Report of the Hyderabad Chloroform Commission
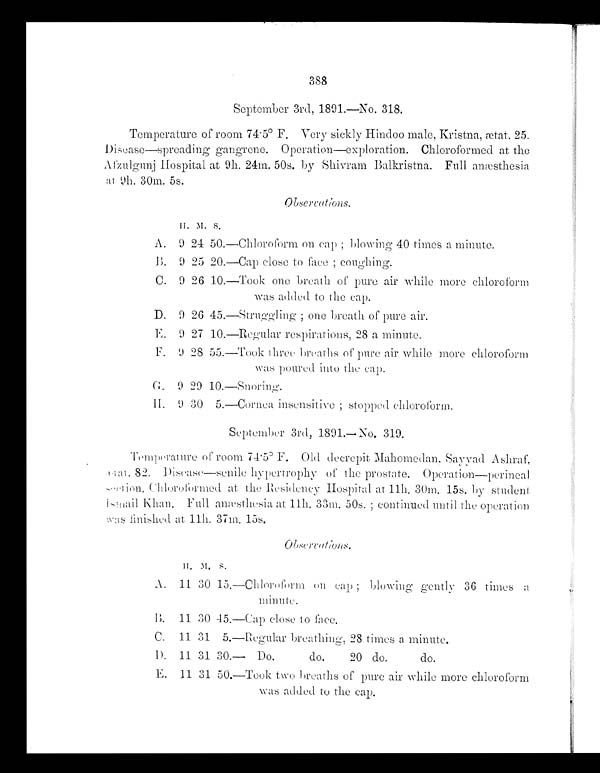
388
September 3rd, 1891.—No. 318.
Temperature of room 74 . 5° F. Very sickly Hindoo male, Kristna, ætat. 25.
Disease—spreading gangrene. Operation—exploration. Chloroformed at the
Afzulgunj Hospital at 9h. 24m. 50s. by Shivram Balkristna. Full anæsthesia
at 9h. 30m. 5s.
Observations.
H . M
.
S .
A. 9 24 50.—Chloroform on cap ; blowing 40 times a minute.
B. 9 25 20.—Cap close to face ; coughing.
C. 9 26 10.—Took one breath of pure air while more chloroform
was added to the cap.
D. 9 26 45.—Struggling ; one breath of pure air.
E. 9 27 10.—Regular respirations, 28 a minute.
F. 9 28 55.—Took three breaths of pure air while more chloroform
was poured into the cap.
G. 9 29 10. —Snori ng.
H . 9 3 0 5 . — C o r n e a i n s e n s i t i v e ; s t o p p e d c h l o r o f o r m .
September 3rd, 1891.—No. 319.
Temperature of room 74 . 5° F. Old decrepit Mahomedan. Sayyad Ashraf,
ætat. 82. Disease—senile hypertrophy of the prostate. Operation—perinea
l
section. Chloroformed at the Residency Hospital at 11h. 30m. 15s. by student
Ismail Khan. Full anæsthesia at 11h. 33m. 50s. ; continued until the Operation
was finished at 11h. 37m. 15s.
Observations.
H . M
. S .
A. 11 30 15.—Chloroform on cap ; blowing gently 36 times a
minute.
B. 11 30 45.—Cap close to face.
C. 11 31 5.—regular breathing, 28 times a minute.
D. 11 31 30.— Do.
do.
20 do.
do.
E. 11 31 50.—Took two breaths of pure air while more chloroform
was added to the cap.